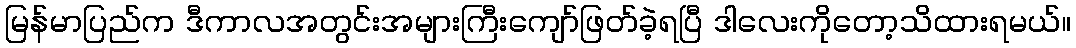
မြန်မာပြည်က ဒီကာလအတွင်းအများကြီးကျော်ဖြတ်ခဲ့ရပြီ ဒါလေးကိုတော့သိထားရမယ်။